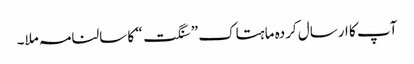
آپ کا ارسال کردہ ماہتاک ” سنگت“ کا سالنامہ ملا۔